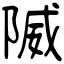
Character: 隇